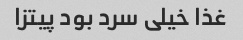
غذا خیلی سرد بود پیتزا